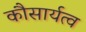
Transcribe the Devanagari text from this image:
कौसार्यत्व